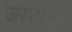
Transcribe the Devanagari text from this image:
जस्ताचा